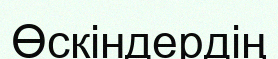
Өскіндердің